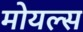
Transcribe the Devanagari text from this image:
मोयल्स